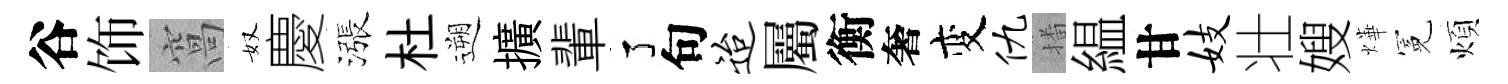
谷饰窩奴慶漲杜遡擴輩了句迨屬衡奢变仇播緼甘妓壮嫂燁冕煩